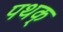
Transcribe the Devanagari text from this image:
पथक्